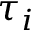
\tau _ { i }